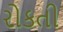
રોકતી